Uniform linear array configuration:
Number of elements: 4
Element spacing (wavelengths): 0.75
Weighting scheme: exponential
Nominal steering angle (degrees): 30
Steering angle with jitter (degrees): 28.714
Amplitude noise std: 0.05
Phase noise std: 0.05

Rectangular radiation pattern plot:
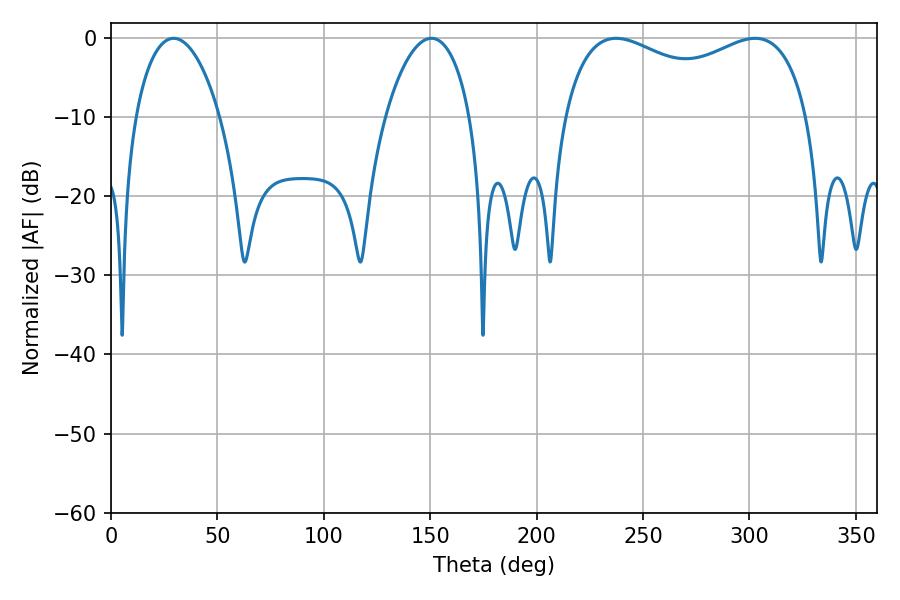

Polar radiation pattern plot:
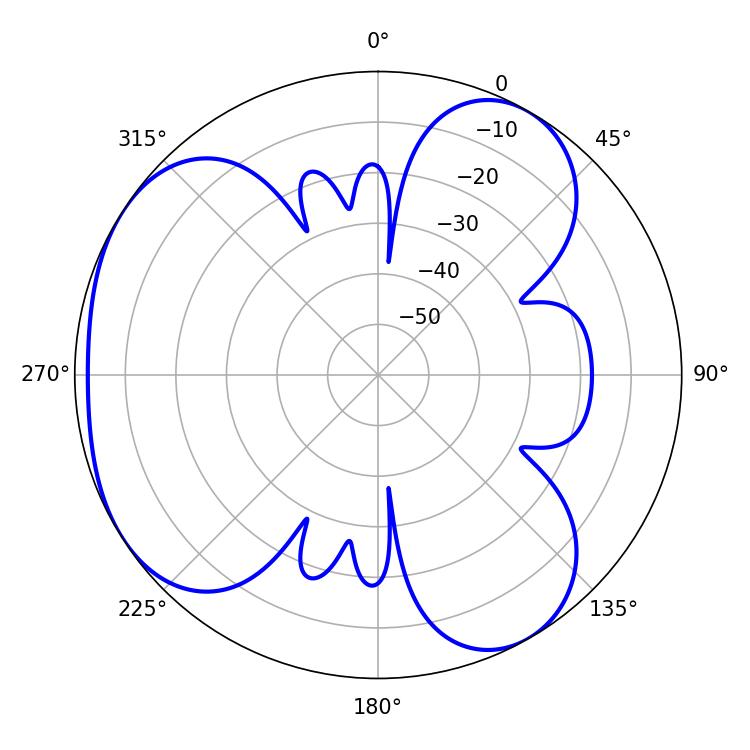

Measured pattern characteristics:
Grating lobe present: TRUE
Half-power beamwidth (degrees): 95.4
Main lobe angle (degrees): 237.42